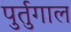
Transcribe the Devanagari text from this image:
पुर्तुगाल